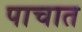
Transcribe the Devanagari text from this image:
पाचात